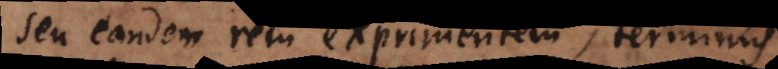
seu eandem rem exprimentem, terminus